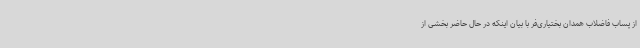
از پساب فاضلاب همدان بختیاری‌فر با بیان اینکه در حال حاضر بخشی از